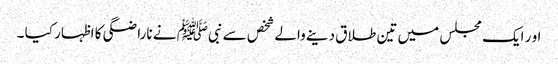
او ر ایک مجلس میں تین طلاق دینے والے شخص سے نبیﷺ نے ناراضگی کا اظہار کیا ۔